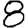
Digit: 8